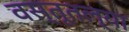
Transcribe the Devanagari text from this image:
वस्तूतल्या